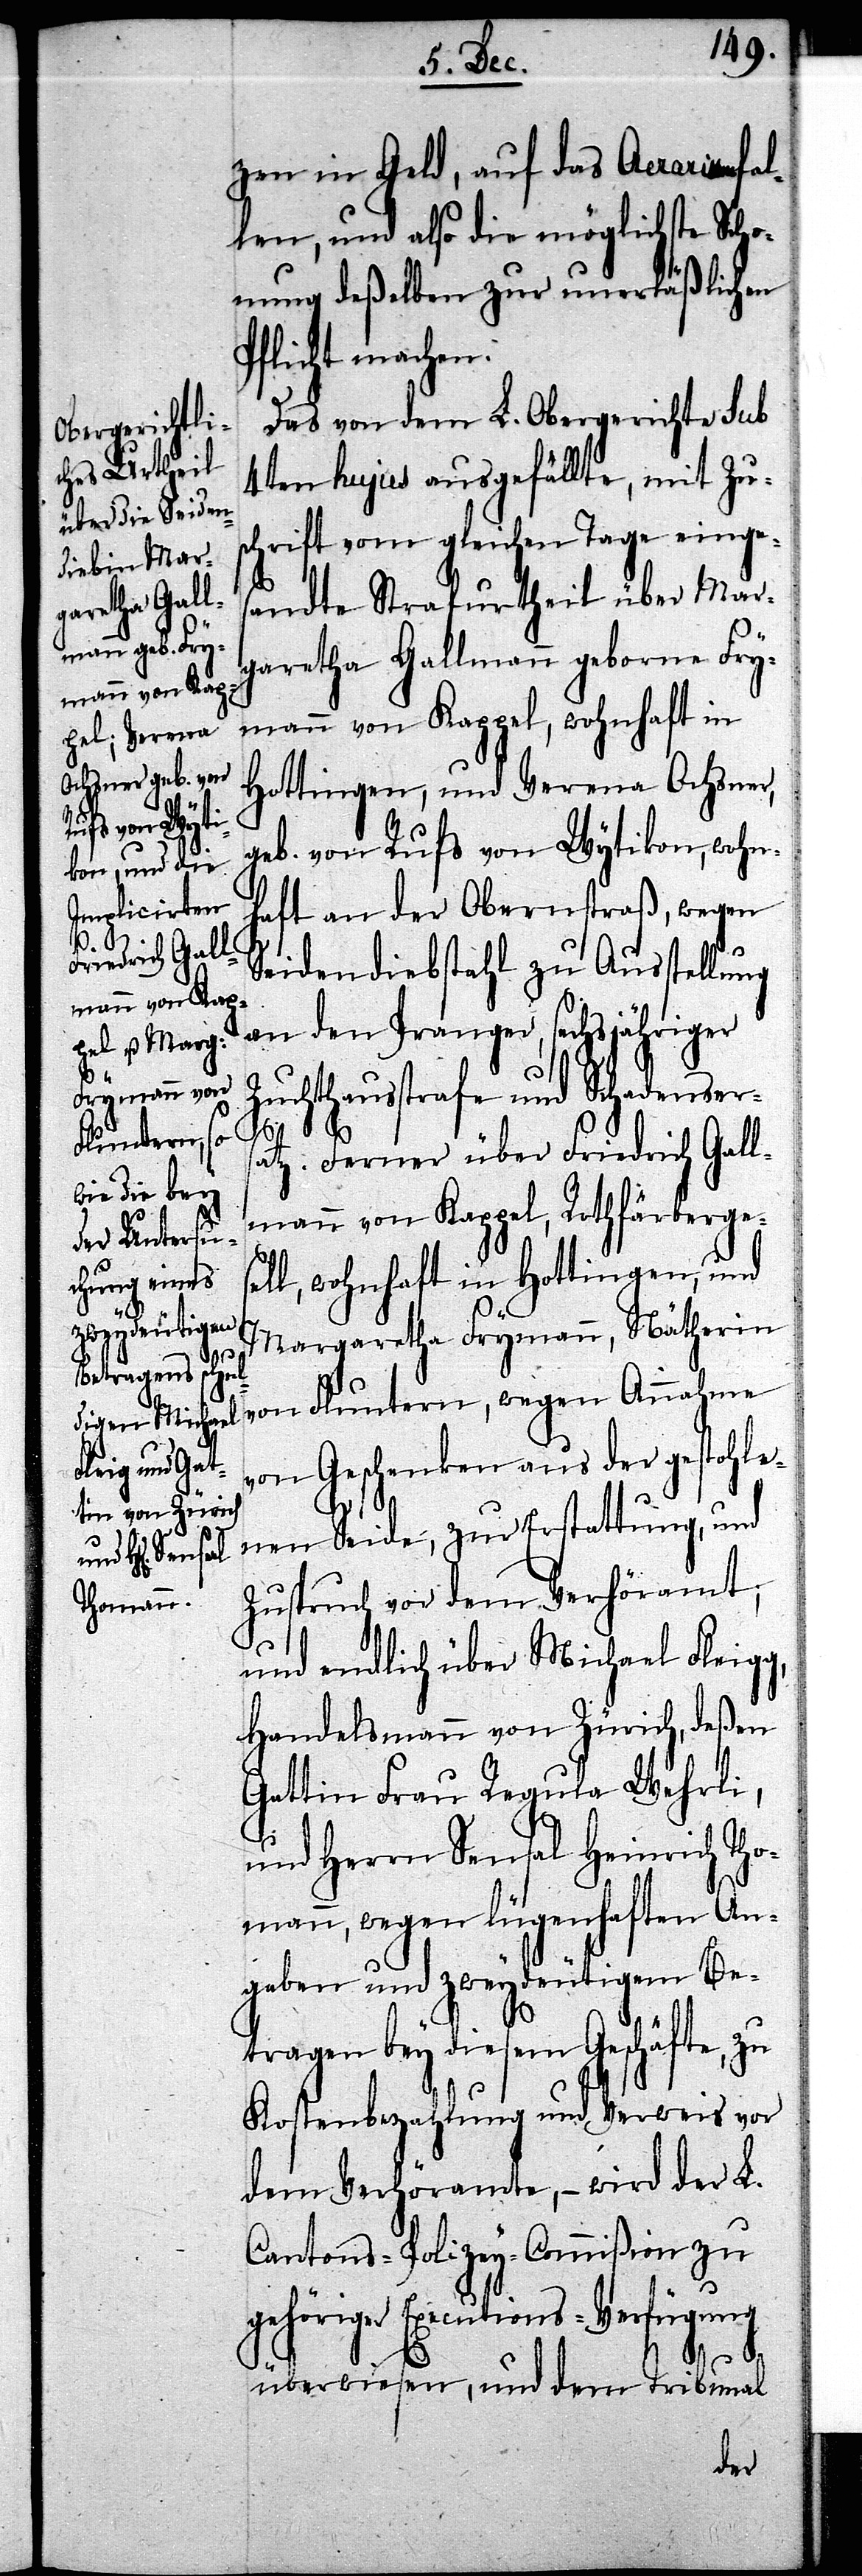
zen in Geld, auf das Aerarium fal¬
len, und also die möglichste Scho¬
nung deßelben zur unerläßlichen
Pflicht machen.
Das von dem L. Obergerichte sub
4ten hujus ausgefällte, mit Zu¬
schrift vom gleichen Tage einge¬
sandte Strafurtheil über Mar¬
garetha Gallmann geborne Fry¬
mann von Kappel, wohnhaft in
Hottingen, und Verena Ochsner,
geb. von Rufs von Wytikon, wohn¬
wegen
haft an der Obernstraß, wegen
Seidendiebstahl zu Ausstellung
an den Pranger, sechsjähriger
Zuchthausstrafe und Schadener¬
Fluntern,
satz. Ferner über Friedrich Gall¬
mann von Kappel, Rothfärberge¬
l, wohnhaft in Hottingen, und
Margaretha Frymann, Nätherin
von
von Geschenken aus der gestohle¬
nen Seide, zur Erstattung, und
Zuspruch vor dem Verhöramt;
und endlich über Michael Fleigg
Handelsmann von Zürich, deßen
Gattin Frau Regula Wehrli,
und Herrn Sensal Heinrich Tho¬
mann, wegen lügenhaften An¬
gaben und zweydeutigem Be¬
tragen bey diesem Geschäfte, zu
Kostenbezahlung und Verweis vor
dem Verhöramte, – wird der L.
Cantons-Polizey-Commißion zu
gehöriger Executions-Verfügung
überwiesen, und dem Tribunal